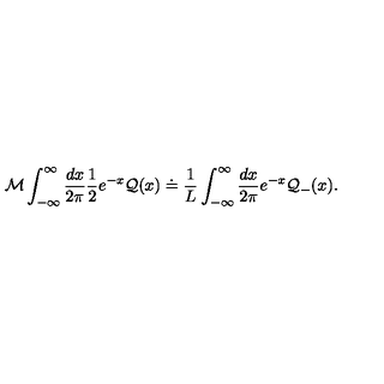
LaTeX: { \cal M } \displaystyle \int _ { - \infty } ^ { \infty } \displaystyle \frac { d x } { 2 \pi } \displaystyle \frac { 1 } { 2 } e ^ { - x } { \cal Q } ( x ) \doteq \displaystyle \frac { 1 } { L } \displaystyle \int _ { - \infty } ^ { \infty } \displaystyle \frac { d x } { 2 \pi } e ^ { - x } { \cal Q } _ { - } ( x ) .